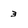
Character: 3